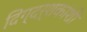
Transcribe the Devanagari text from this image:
दिग्दर्शकांशी